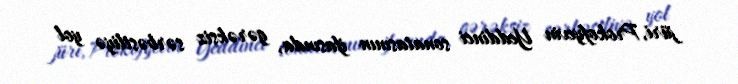
jüri, Prokofyevin Yeddinci sonatasının ifasında, gərəksiz sərbəstliyə yol